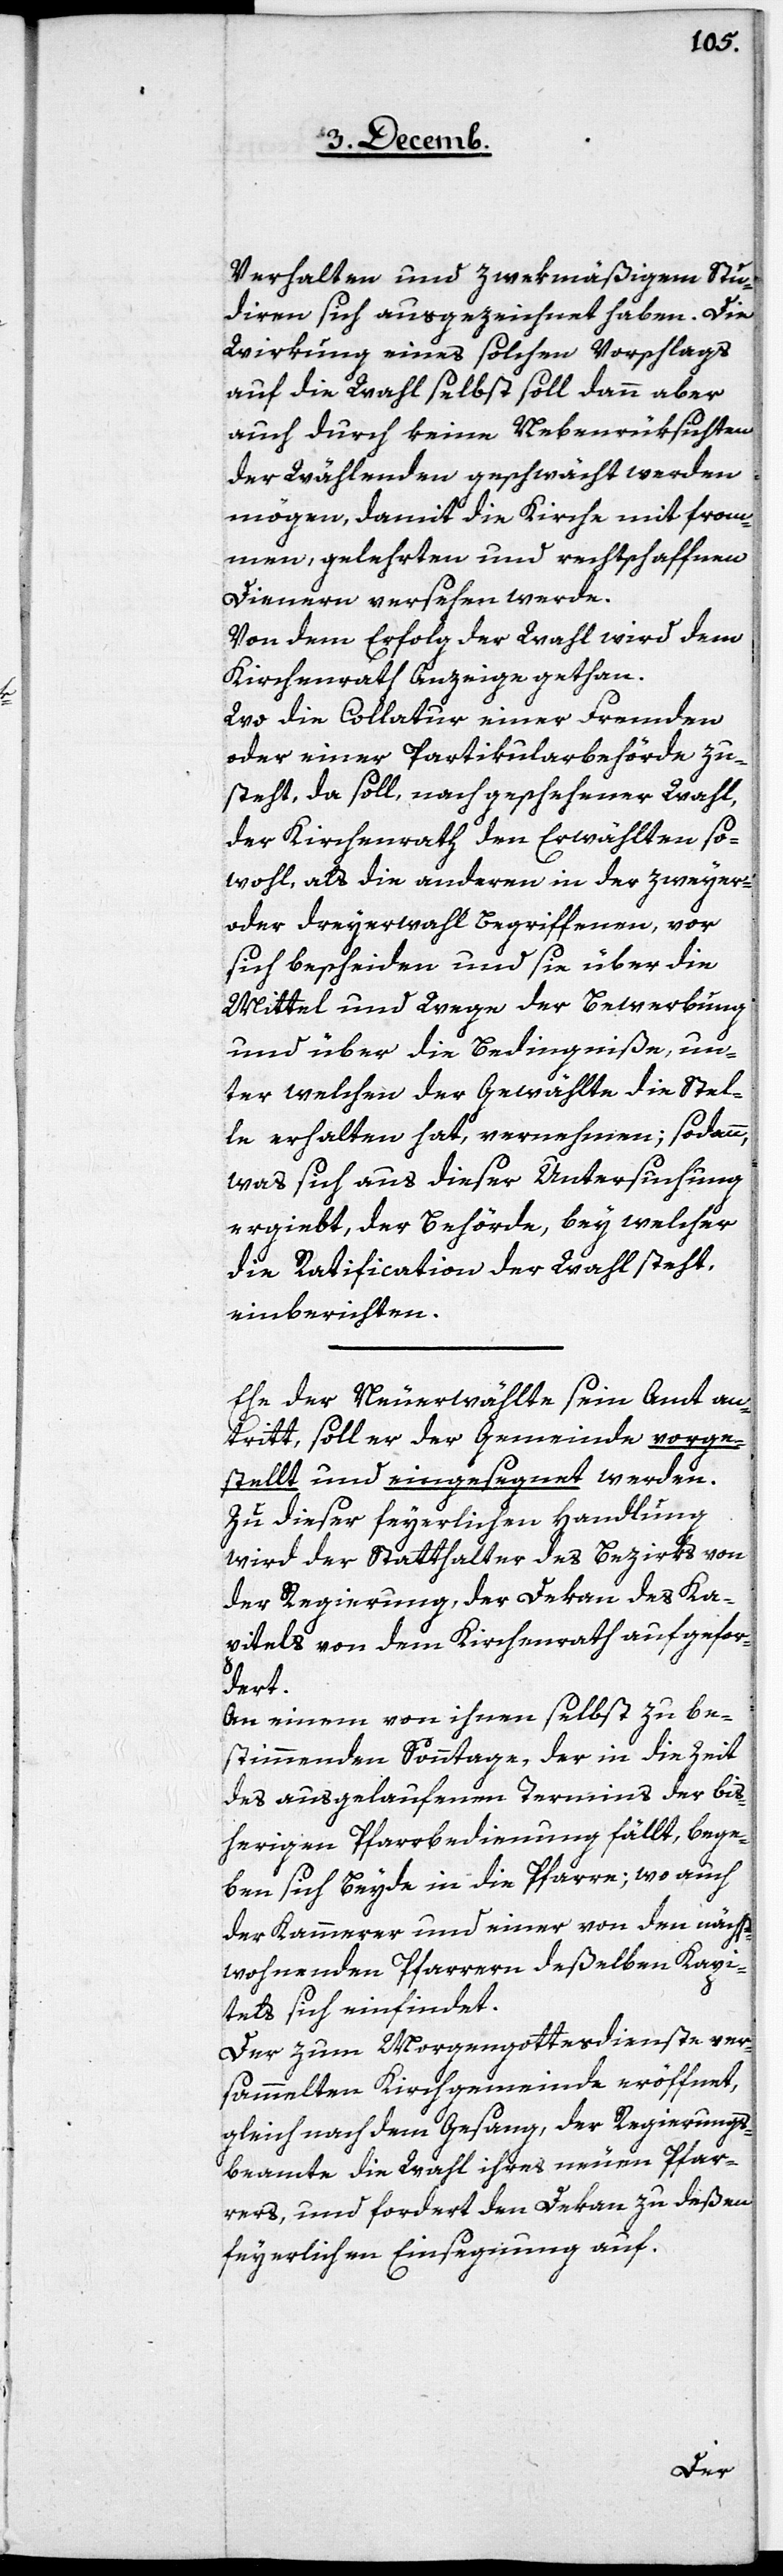
Verhalten und zwekmäßigem Stu¬
diren sich ausgezeichnet haben. Die
Wirkung eines solchen Vorschlags
auf die Wahl selbst soll dann aber
auch durch keine Nebenrüksichten
der Wählenden geschwächt werden
mögen, damit die Kirche mit from¬
men, gelehrten und rechtschaffnen
Dienern versehen werde.
Von dem Erfolg der Wahl wird dem
Kirchenrath Anzeige gethan.
Wo die Collatur einer Fremden
oder einer Partikularbehörde zu¬
steht, da soll, nach geschehener Wahl,
der Kirchenrath den Erwählten so¬
wohl, als die anderen in der zweyer-
oder dreyerwahl Begriffenen, vor
sich bescheiden und sie über die
Mittel und Wege der Bewerbung
und über die Bedingniße, un¬
ter welchen der Gewählte die Stel¬
le erhalten hat, vernehmen; sodann,
was sich aus dieser Untersuchung
ergiebt, der Behörde, bey welcher
die Ratification der Wahl steht,
einberichten.
Ehe der Neuerwählte sein Amt an¬
tritt, soll er der Gemeinde vorge¬
stellt und eingesegnet werden.
Zu dieser feyerlichen Handlung
wird der Statthalter des Bezirks von
der Regierung, der Dekan des Ka¬
pitels von dem Kirchenrath aufgefor¬
dert.
An einem von ihnen selbst zu be¬
stimmenden Sonntage, der in die Zeit
des ausgelaufenen Termins der bis¬
herigen Pfarrbedienung fällt, bege¬
ben sich Beyde in die Pfarre; wo auch
der Kammerer und einer von den nächst¬
wohnenden Pfarrern deßelben Kapi¬
tels sich einfindet.
Der zum Morgengottesdienste ver¬
sammelten Kirchgemeinde eröffnet,
gleich nach dem Gesang, der Regierungs¬
beamte die Wahl ihres neuen Pfar¬
rers, und fordert den Dekan zu deßen
feyerlichen Einsegnung auf.